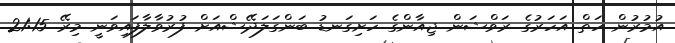
އުމުރުން ހަތް އަހަރުގެ ރަވްޝަން ޖިއާންގެ ހަށިގަނޑު ބަންގަލަދޭޝްއަށް ފުރުވާލާފައިވަނީ މިރޭ 21:15